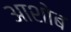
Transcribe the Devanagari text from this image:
आशोब